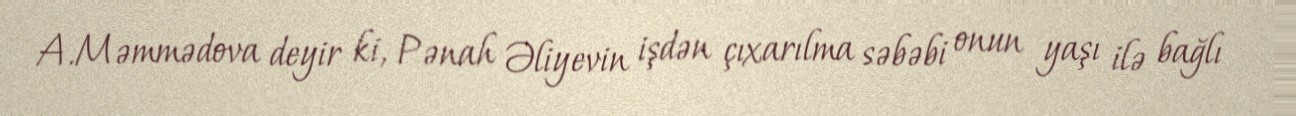
A.Məmmədova deyir ki, Pənah Əliyevin işdən çıxarılma səbəbi onun yaşı ilə bağlı